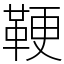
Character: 鞕